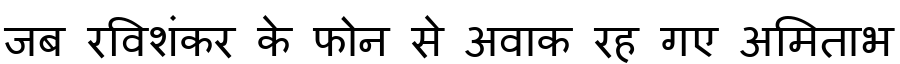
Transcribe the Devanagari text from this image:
जब रविशंकर के फोन से अवाक रह गए अमिताभ